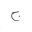
Letter: _gim